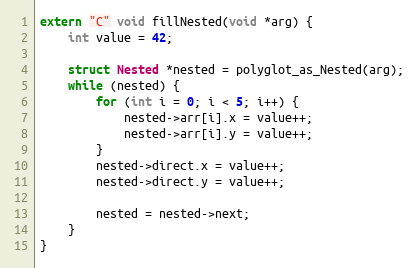
Language: C++
extern "C" void fillNested(void *arg) {
    int value = 42;

    struct Nested *nested = polyglot_as_Nested(arg);
    while (nested) {
        for (int i = 0; i < 5; i++) {
            nested->arr[i].x = value++;
            nested->arr[i].y = value++;
        }
        nested->direct.x = value++;
        nested->direct.y = value++;

        nested = nested->next;
    }
}